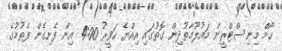
ހޯމް މިނިސްޓްރީން މައުލޫމާތުދިން ގޮތުގައި އިއްޔެ ހަވީރު 4:00 އިން ފެށިގެން ފެތުމުގެ